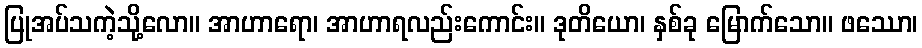
ပြုအပ်သကဲ့သို့လော။ အာဟာရော၊ အာဟာရလည်းကောင်း။ ဒုတိယော၊ နှစ်ခု မြောက်သော။ ဖဿော၊